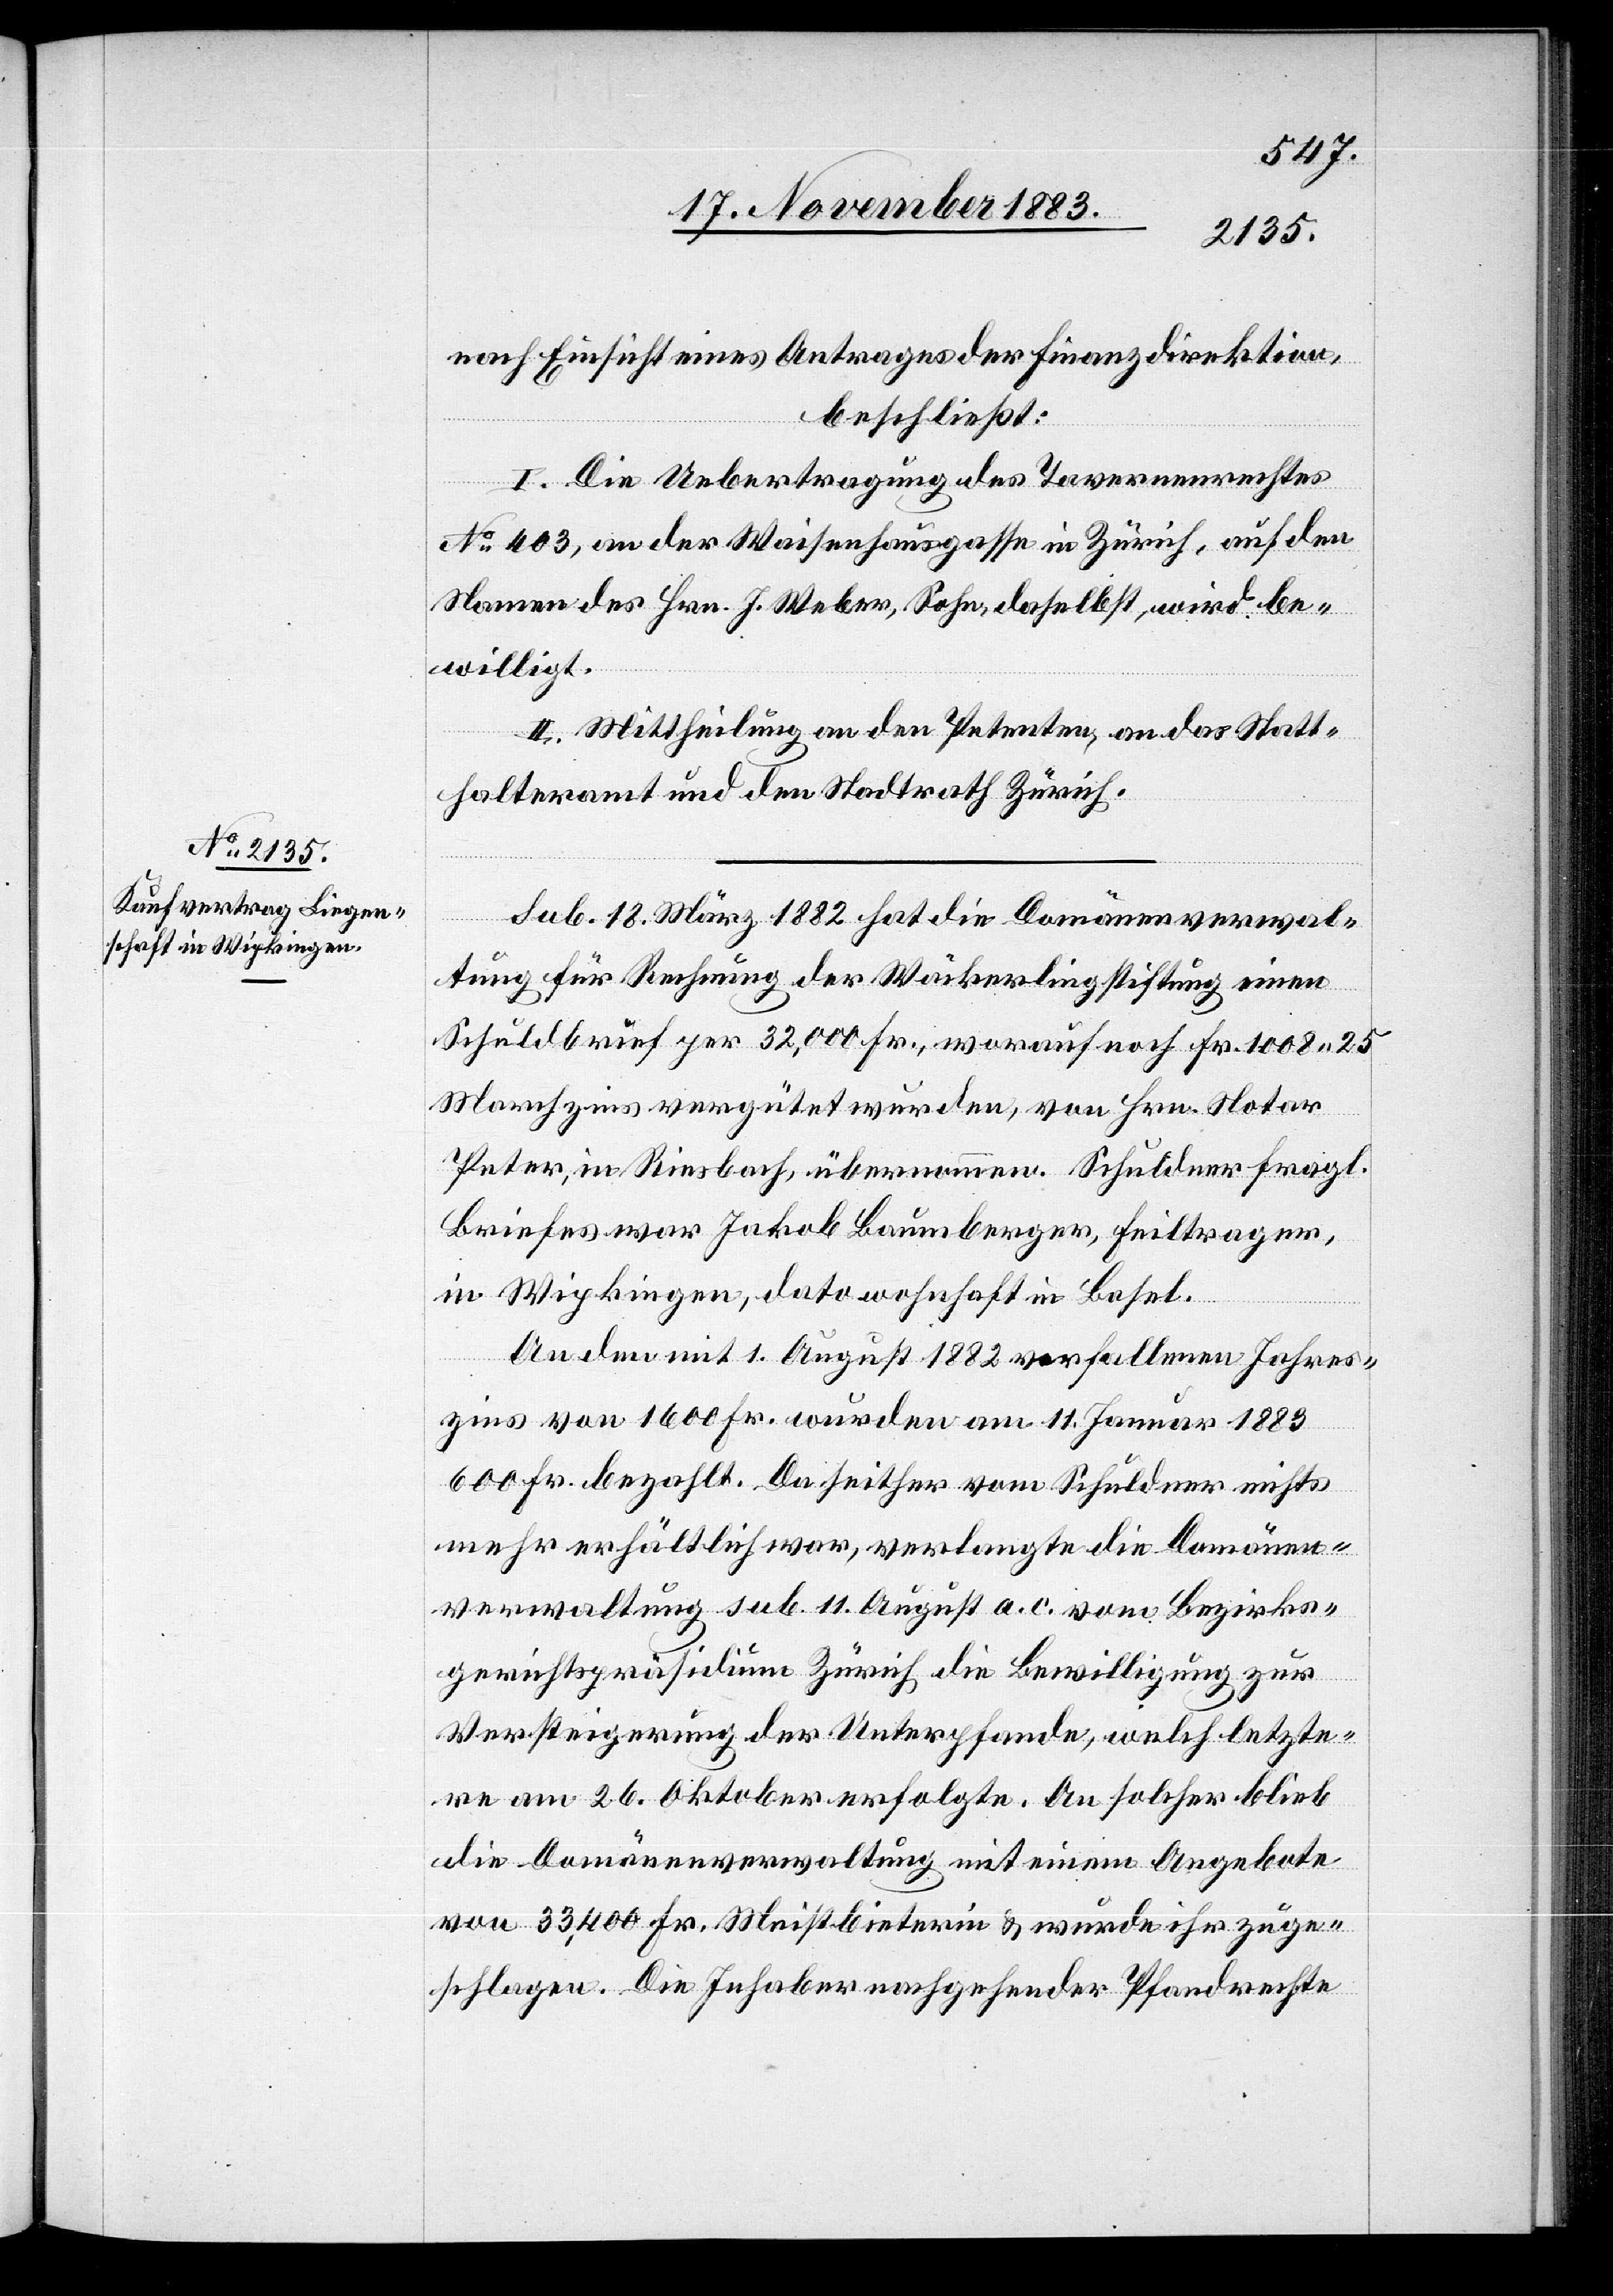
nach Einsicht eines Antrages der Finanzdirektion,
beschließt:
I. Die Uebertragung des Tavernenrechtes
No 403, an der Waisenhausgasse in Zürich, auf den
Namen des Hrn. J. Weber, Sohn daselbst, wird be¬
willigt.
II. Mittheilung an den Petenten, an das Statt¬
halteramt und den Stadtrath Zürich.
Sub. 18. März 1882 hat die Domänenverwal¬
tung für Rechnung der Wäckerlingstiftung einen
Schuldbrief per 32,000 Fr., worauf noch Fr. 1008 25
Marchzins vergütet wurden, von Hrn. Notar
Peter, in Riesbach, übernommen. Schuldner fragl.
Briefes war Jakob Baumberger, Feiltrager,
in Wipkingen, dato wohnhaft in Basel.
An dem mit 1. August 1882 verfallenen Jahres¬
zins von 1600 Fr. wurden am 11. Januar 1883
600 Fr. bezahlt. Da seither vom Schuldner nichts
mehr erhältlich war, verlangte die Domänen¬
verwaltung sub. 11 August a. c. vom Bezirks¬
gerichtspräsidium Zürich die Bewilligung zur
Versteigerung der Unterpfande, welch letzte¬
re am 26. Oktober erfolgte. An solcher blieb
die Domänenverwaltung mit einem Angebote
von 33,400 Fr. Meistbieterin & wurde ihr zuge¬
schlagen. Die Inhaber nachgehender Pfandrechte